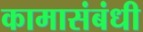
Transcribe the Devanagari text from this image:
कामासंबंधी